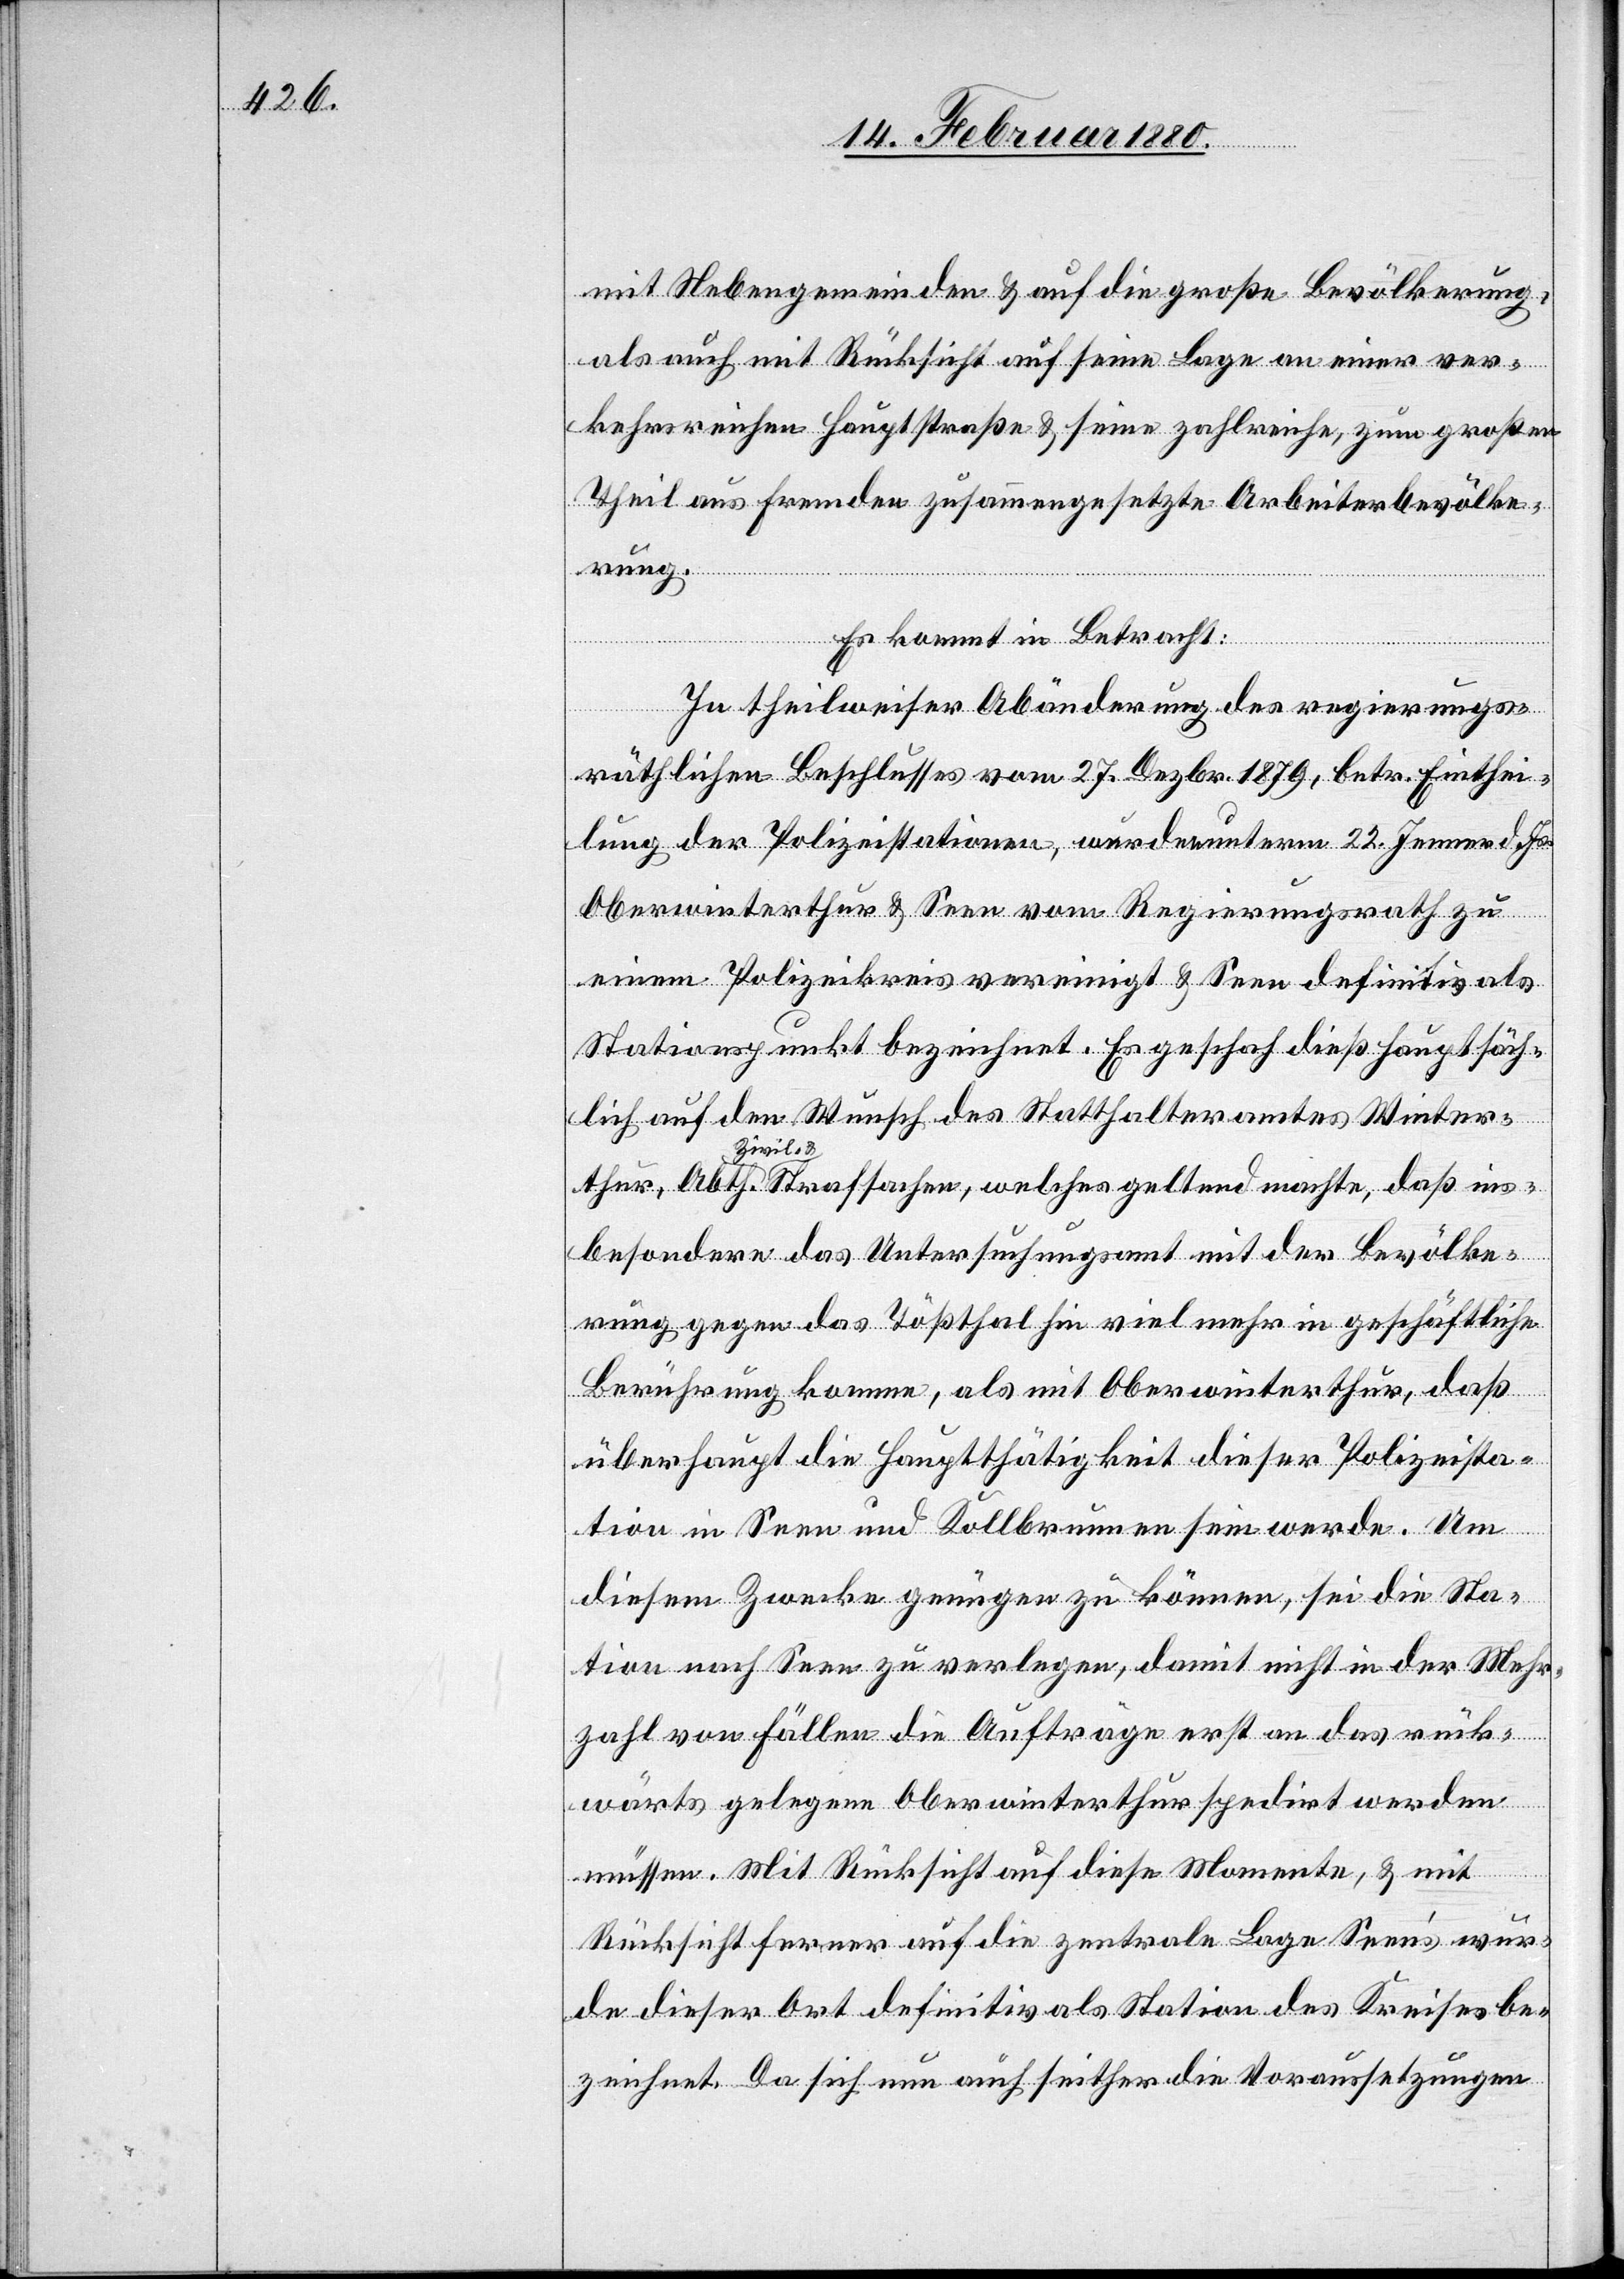
mit Nebengemeinden & auf die große Bevölkerung,
als auch mit Rücksicht auf seine Lage an einer ver¬
kehrsreichen Hauptstraße & seine zahlreiche, zum großen
Theil aus Fremden zusammengesetzte Arbeiterbevölke¬
rung.
Es kommt in Betracht:
een‘s wur¬
In theilweiser Abänderung des regierungs¬
räthlichen Beschlusses vom 27. Dezbr. 1879, betr. Einthei¬
lung der Polizeistationen, wurden unterm 22. Jenner d. Js.
Oberwinterthur & Seen vom Regierungsrath zu
einem Polizeikreis vereinigt & Seen definitiv als
Stationspunkt bezeichnet. Es geschah dieß hauptsäch¬
lich auf den Wunsch des Statthalteramtes Winter¬
besondere das Untersuchungsamt mit der Bevölke¬
rung gegen das Tößthal viel mehr in geschäftliche
Berührung komme, als mit Oberwinterthur, daß
überhaupt die Hauptthätigkeit dieser Polizeista¬
tion in Seen und Kollbrunnen sein werde. Um
diesem Zwecke genügen zu können, sei die Sta¬
tion nach Seen zu verlegen, damit nicht in der Mehr¬
zahl von Fällen die Aufträge erst an das rück¬
wärts gelegene Oberwinterthur spedirt werden
müssen. Mit Rücksicht auf die zentrale Lage S¬
de dieser Ort definitiv als Station des Kreises be¬
zeichnet. Da sich nun auch seither die Voraussetzungen